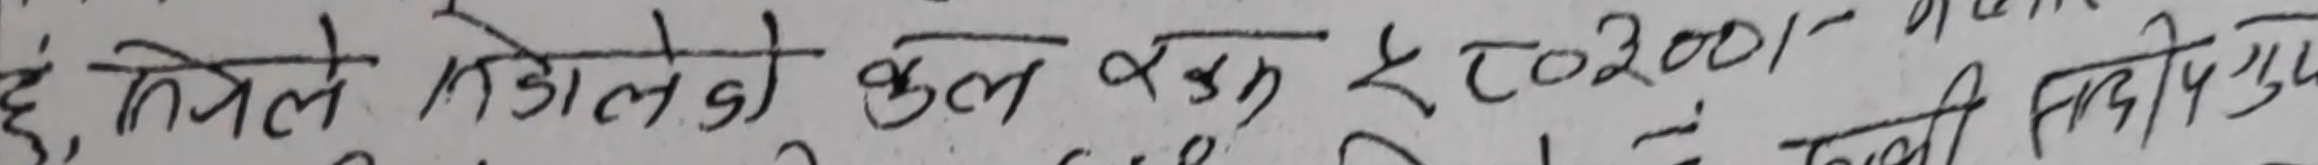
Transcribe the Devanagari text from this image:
छ, चिलेको टोलेको कुल कसुम ₹ २२००/- मात्र लिए